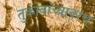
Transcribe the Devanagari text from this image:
तुकोबांच्यावरच